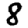
Digit: 8